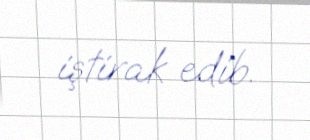
iştirak edib.